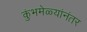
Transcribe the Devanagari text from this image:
कुंभमेळ्यांनंतर